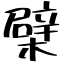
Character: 檗